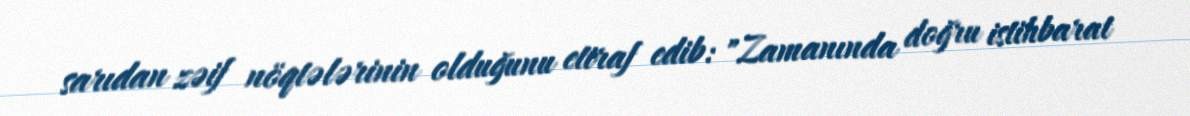
sarıdan zəif nöqtələrinin olduğunu etiraf edib: "Zamanında doğru istihbarat